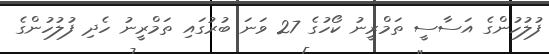
ފުލުހުންގެ އަސާސީ ތަމްރީނު ކޯހުގެ 27 ވަނަ ބުރުގައި ތަމްރީނު ހެދި ފުލުހުންގެ